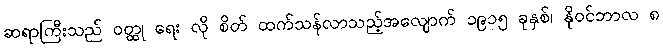
ဆရာကြီးသည် ဝတ္ထု ရေး လို စိတ် ထက်သန်လာသည့်အလျောက် ၁၉၁၅ ခုနှစ်၊ နိုဝင်ဘာလ ၈